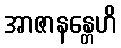
အာဇာနန္တေဟိ